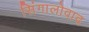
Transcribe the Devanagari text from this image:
सिंगालोवाद